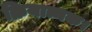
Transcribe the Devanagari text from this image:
क्रियात्मक।